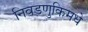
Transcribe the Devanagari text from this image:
निवडणुकिमधे